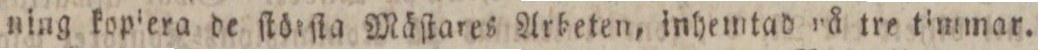
ning kopiera de ſtörſta Mäſtares Arbeten, inhemtad på tre timmar.